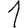
Digit: 1